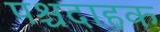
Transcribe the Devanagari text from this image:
पश्चदाहक